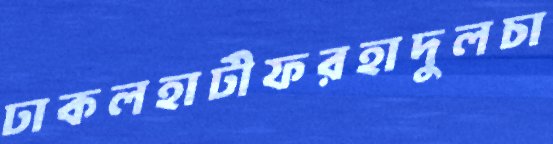
ঢাকলহাটীফরহাদুলচা